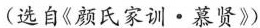
(选自《颜氏家训·慕贤》